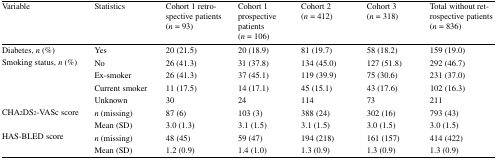
| Variable | Statistics | Cohort 1 retrospective patients(n = 93) | Cohort 1 prospective patients(n = 106) | Cohort 2(n = 412) | Cohort 3(n = 318) | Total without retrospective patients(n = 836) |
 | --- | --- | --- | --- | --- | --- | --- |
 | Diabetes, n (%) | Yes | 20 (21.5) | 20 (18.9) | 81 (19.7) | 58 (18.2) | 159 (19.0) |
 | <ROWSPAN=4> Smoking status, n (%) | No | 26 (41.3) | 31 (37.8) | 134 (45.0) | 127 (51.8) | 292 (46.7) |
 | Ex-smoker | 26 (41.3) | 37 (45.1) | 119 (39.9) | 75 (30.6) | 231 (37.0) |
 | Current smoker | 11 (17.5) | 14 (17.1) | 45 (15.1) | 43 (17.6) | 102 (16.3) |
 | Unknown | 30 | 24 | 114 | 73 | 211 |
 | <ROWSPAN=2> CHA2DS2-VASc score | n (missing) | 87 (6) | 103 (3) | 388 (24) | 302 (16) | 793 (43) |
 | Mean (SD) | 3.0 (1.3) | 3.1 (1.5) | 3.1 (1.5) | 3.0 (1.5) | 3.0 (1.5) |
 | <ROWSPAN=2> HAS-BLED score | n (missing) | 48 (45) | 59 (47) | 194 (218) | 161 (157) | 414 (422) |
 | Mean (SD) | 1.2 (0.9) | 1.4 (1.0) | 1.3 (0.9) | 1.3 (0.9) | 1.3 (0.9) |